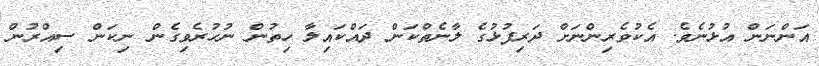
އަންނަން އުޅުނެވެ. އެކުވެރިންނަށް ދަރިފުޅުގެ ލާނެތްކަން ދައްކައިލާ ހިތުން ނުހުރެވިގެން ނިކަން ސިއްރުން